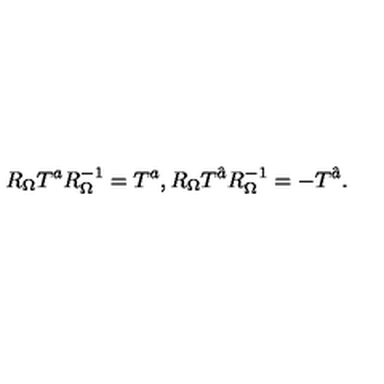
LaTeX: R _ { \Omega } T ^ { a } R _ { \Omega } ^ { - 1 } = T ^ { a } , R _ { \Omega } T ^ { \hat { a } } R _ { \Omega } ^ { - 1 } = - T ^ { \hat { a } } . \,